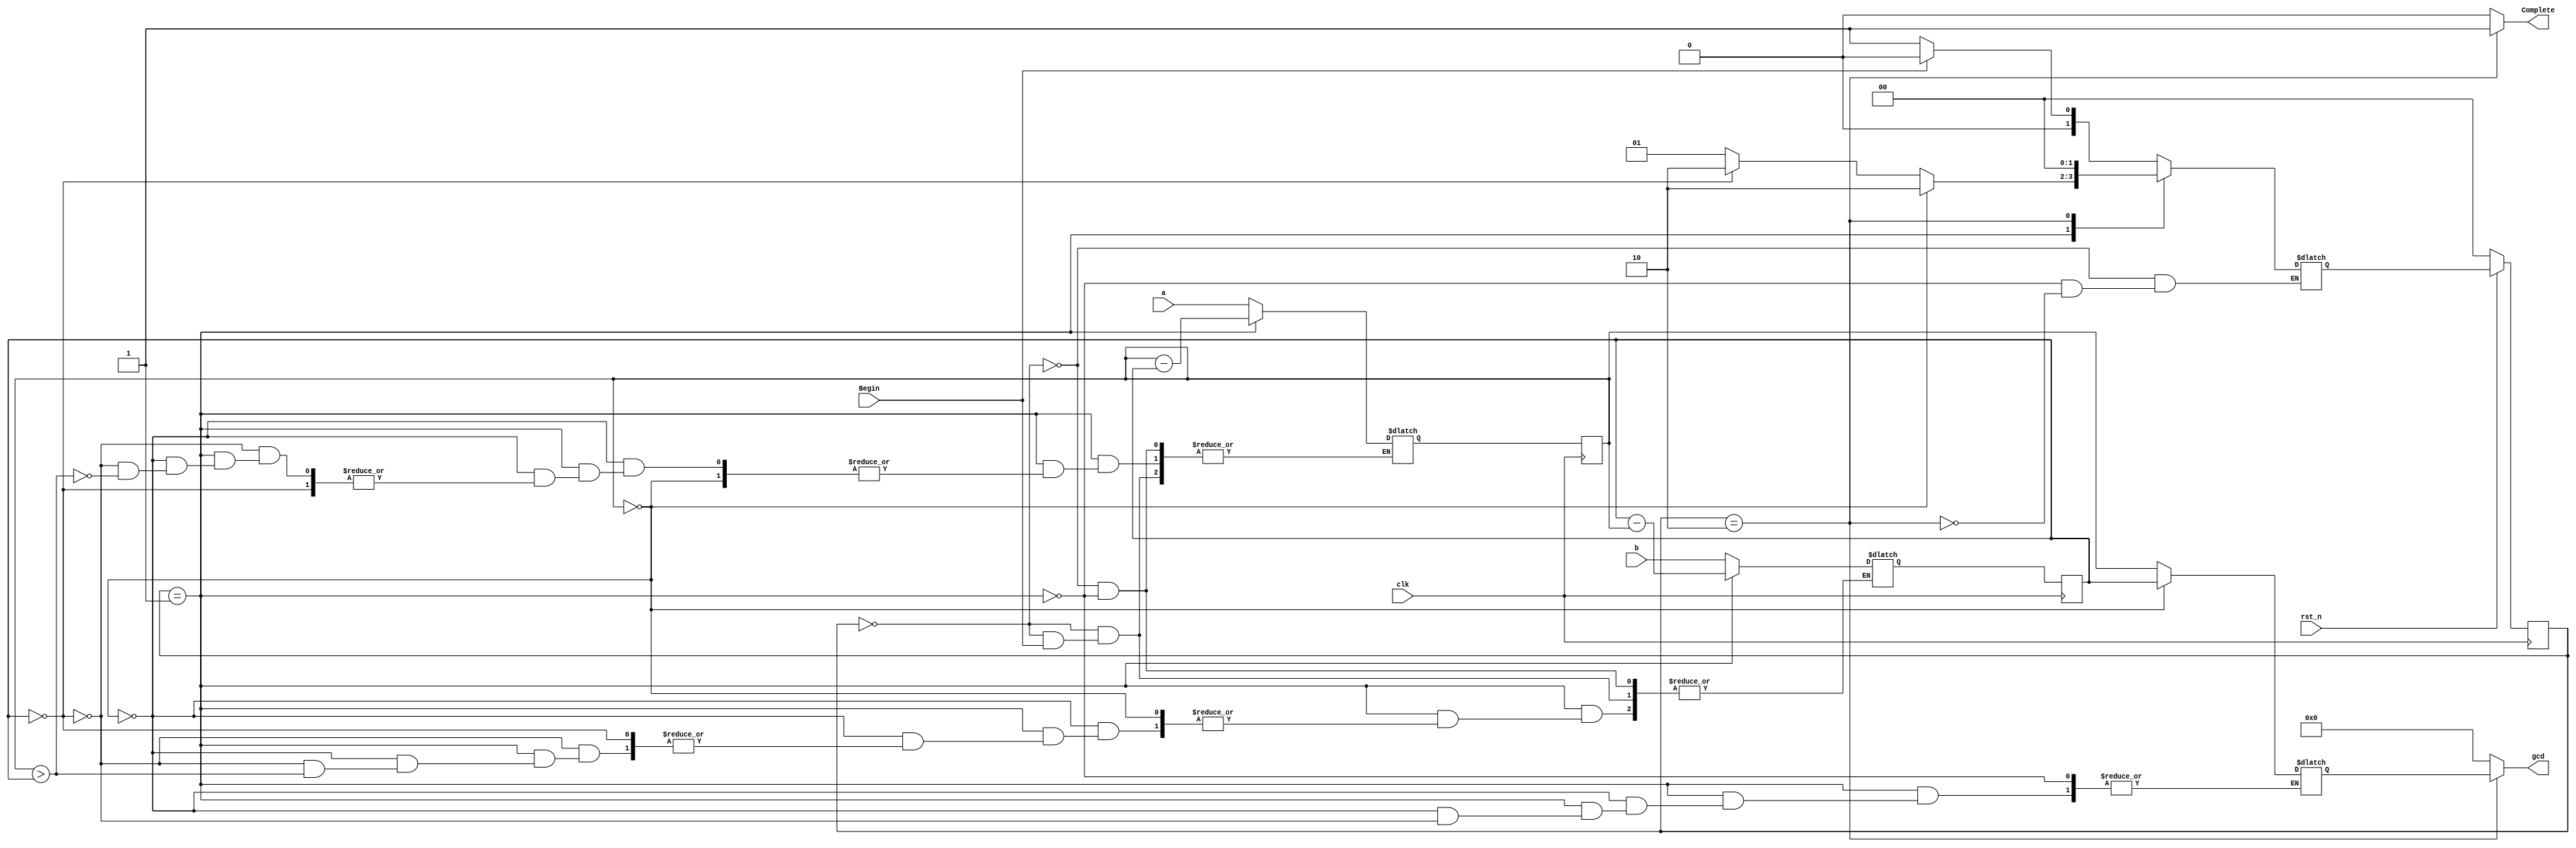
`timescale 1ns/1ps

module Greatest_Common_Divisor (clk, rst_n, Begin, a, b, Complete, gcd);
input clk, rst_n;
input Begin;
input [8-1:0] a;
input [8-1:0] b;
output Complete;
output [8-1:0] gcd;
/*output [8-1:0] a_reg;
output [8-1:0] b_reg;*/

wire Complete;
wire [8-1:0] gcd;

reg [8-1:0] gcd_reg;
reg [8-1:0] a_reg, next_a_reg;
reg [8-1:0] b_reg, next_b_reg;

parameter WAIT = 2'b00;
parameter CAL = 2'b01;
parameter FINISH = 2'b10;

reg [1:0] State, next_State;

always @(posedge clk) begin
    if(!rst_n)
        State <= WAIT;
    else
        State <= next_State;
end

always @(posedge clk) begin
        a_reg <= next_a_reg;
        b_reg <= next_b_reg;
end

always @(*) begin
    case(State)
    WAIT:
        if(!Begin) begin // Begin == 1'b0;
            next_a_reg = a; // Fetch the input;
            next_b_reg = b;
            next_State = CAL;    
        end else begin 
            next_State = WAIT;
        end
     CAL:
        if(a_reg == 8'd0) begin
            gcd_reg = b_reg;
            next_State = FINISH;
        end else if(b_reg == 8'd0) begin
            gcd_reg = a_reg;
            next_State = FINISH;
        end else if(a_reg > b_reg) begin
            next_a_reg = a_reg - b_reg; 
            next_State = CAL;
        end else begin
            next_b_reg = b_reg - a_reg;
            next_State = CAL;
        end 
     FINISH:
        begin
            next_State = WAIT;
        end   
    endcase
end

assign Complete = (State == FINISH) ? 1'b1 : 1'b0;
assign gcd = (State == FINISH) ? gcd_reg : 8'd0;

endmodule